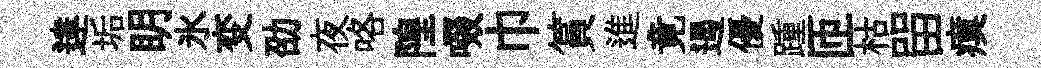
達垢眀氷变劭夜咯隍啜巾篔進竟遏優踵匝枯㽞瘼